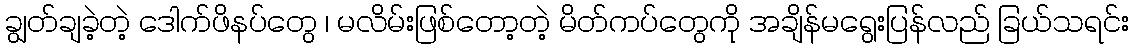
ချွတ်ချခဲ့တဲ့ ဒေါက်ဖိနပ်တွေ ၊ မလိမ်းဖြစ်တော့တဲ့ မိတ်ကပ်တွေကို အချိန်မရွေးပြန်လည် ခြယ်သရင်း